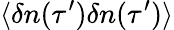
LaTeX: \langle\delta n(\tau^{\prime})\delta n(\tau^{\prime})\rangle